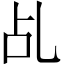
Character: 乩